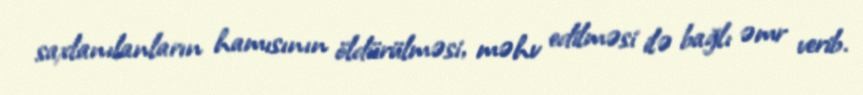
saxlanılanların hamısının öldürülməsi, məhv edilməsi ilə bağlı əmr verib.